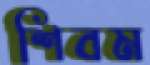
শিবম